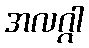
အလဂ္ဂါ